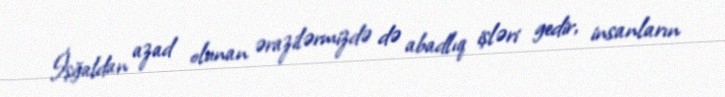
İşğaldan azad olunan ərazilərmizdə də abadlıq işləri gedir, insanların